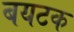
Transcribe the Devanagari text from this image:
बयटक